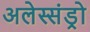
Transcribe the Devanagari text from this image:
अलेस्संड्रो